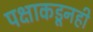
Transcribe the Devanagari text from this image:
पक्षाकडूनही